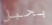
بحبل